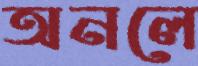
অনলে